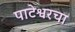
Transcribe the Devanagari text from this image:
पाटेश्वरचा